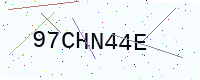
Text: 97CHN44E